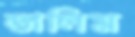
ডালিম